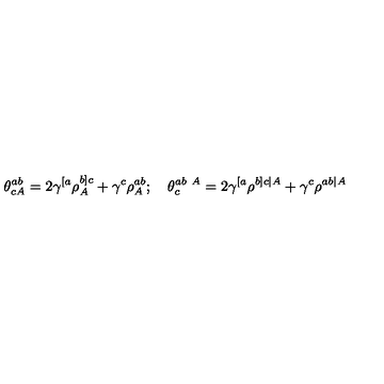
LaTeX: \theta _ { c A } ^ { a b } = 2 \gamma ^ { [ a } \rho _ { A } ^ { b ] c } + \gamma ^ { c } \rho _ { A } ^ { a b } ; \quad \theta _ { c } ^ { a b \ A } = 2 \gamma ^ { [ a } \rho ^ { b ] c \vert A } + \gamma ^ { c } \rho ^ { a b \vert A }